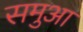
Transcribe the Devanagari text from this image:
समुआ